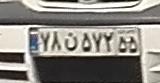
۷۸ن۵۷۲۵۵